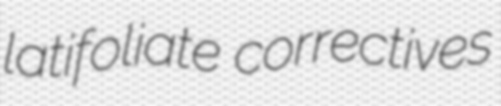
latifoliate correctives